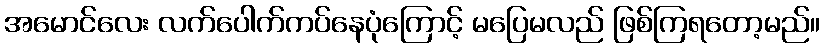
အမောင်လေး လက်ပေါက်ကပ်နေပုံကြောင့် မပြေမလည် ဖြစ်ကြရတော့မည်။